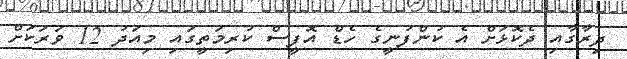
ދިރާގާއި ދެކޮޅަށް އެ ކުންފުނީގެ ހެޑް އޮފީސް ކުރިމަތީގައި މިއަދު 12 ވަރަކަށް